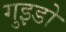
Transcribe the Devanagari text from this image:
गुइडो